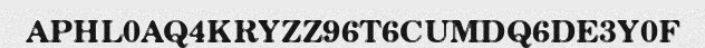
APHL0AQ4KRYZZ96T6CUMDQ6DE3Y0F